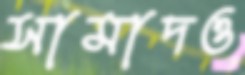
সামাদও